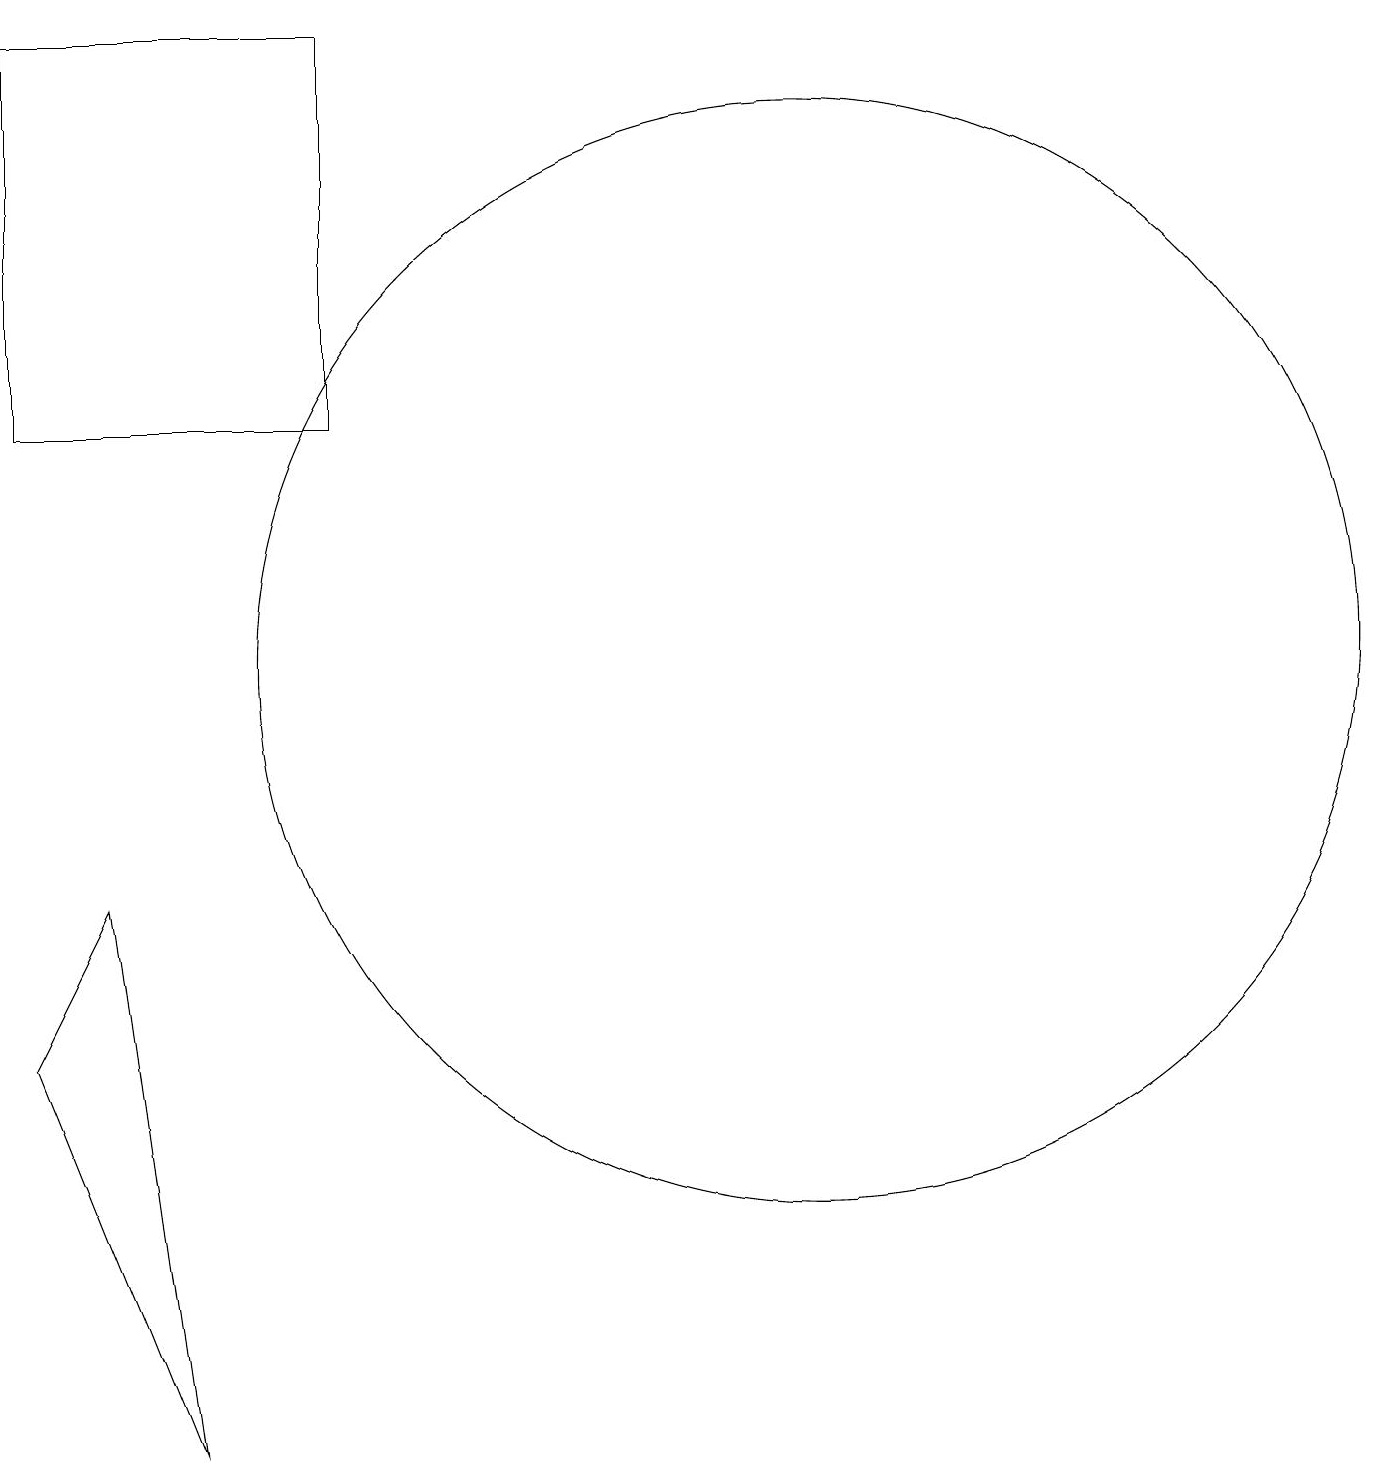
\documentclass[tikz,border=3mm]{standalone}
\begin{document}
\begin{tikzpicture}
\draw (3,1) -- (1,6) -- (2,8) -- cycle;
\draw (11,11) circle (7);
\draw (1,19) rectangle (5,14);
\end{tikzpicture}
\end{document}